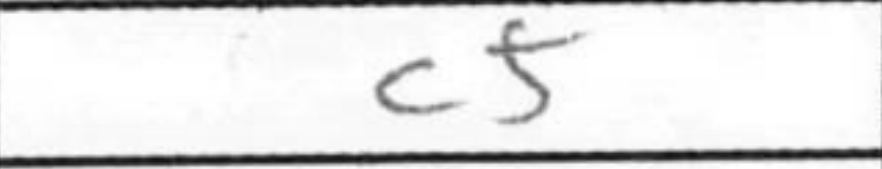
Transcription: c5